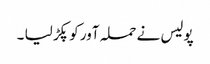
پولیس نے حملہ آور کو پکڑ لیا ۔